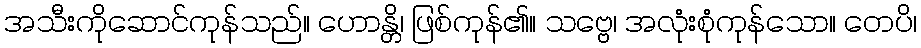
အသီးကိုဆောင်ကုန်သည်။ ဟောန္တိ၊ ဖြစ်ကုန်၏။ သဗ္ဗေ၊ အလုံးစုံကုန်သော။ တေပိ၊